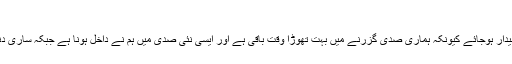
اپریل ١٩٩٧ء
میں سخت بیقرار ہوں کہ کسی طرح جماعت اٹھ کھڑی ہو، بیدار ہوجائے کیونکہ ہماری صدی گزرنے میں بہت تھوڑا وقت باقی ہے اور ایسی نئی صدی میں ہم نے داخل ہونا ہے جبکہ ساری دنیا کی ذمہ داریاں ہم پر پہلے سے بہت زیادہ ڈالی جائیں گی۔